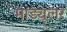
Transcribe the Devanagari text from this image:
माड्यूलर